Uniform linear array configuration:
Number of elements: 48
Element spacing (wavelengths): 0.5
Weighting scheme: uniform
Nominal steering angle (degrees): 0
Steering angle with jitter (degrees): -0.5962
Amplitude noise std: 0.05
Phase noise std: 0.05

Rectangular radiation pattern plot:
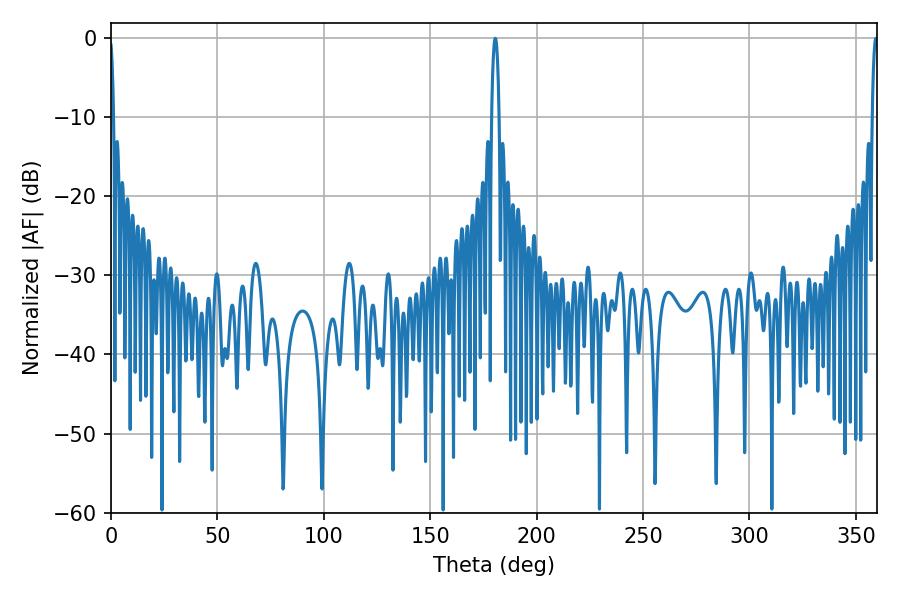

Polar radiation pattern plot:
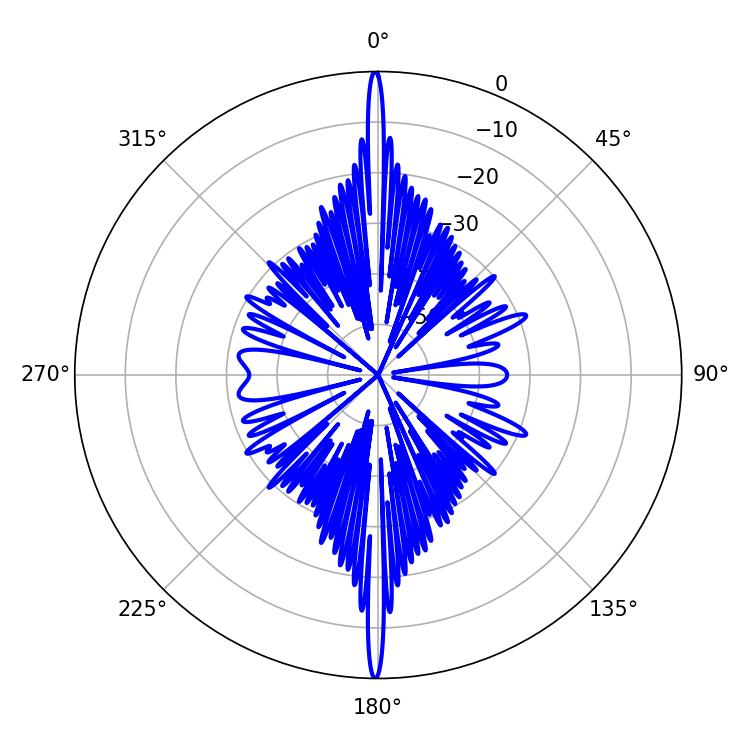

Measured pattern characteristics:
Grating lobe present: FALSE
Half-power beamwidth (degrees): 1.98
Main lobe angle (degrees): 180.54